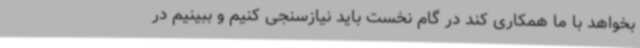
بخواهد با ما همکاری کند در گام نخست باید نیازسنجی کنیم و ببینیم در